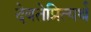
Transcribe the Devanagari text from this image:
देवतेप्रित्यर्थ